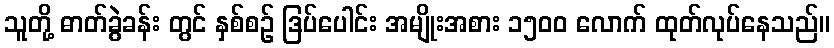
သူတို့ ဓာတ်ခွဲခန်း တွင် နှစ်စဉ် ဒြပ်ပေါင်း အမျိုးအစား ၁၅၀၀ လောက် ထုတ်လုပ်နေသည်။